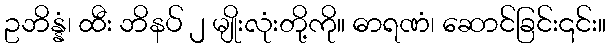
ဥဘိန္နံ၊ ထီး ဘိနပ် ၂ မျိုးလုံးတို့ကို။ ဓာရဏံ၊ ဆောင်ခြင်း၎င်း။